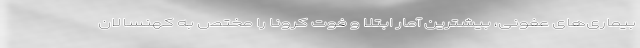
بیماری‌های عفونی، بیشترین آمار ابتلا و فوت کرونا را مختص به کهنسالان